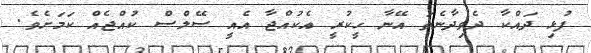
ފުޅި ދައްކާ ދެވިދާނެތަ އޭނާ ހީކުރީ އެކުއްޖާ އެއީ ސޭލްސް ކުއްޖެއް ކަމަށެވެ.